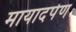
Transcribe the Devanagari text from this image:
मायादर्पण